Report on sanitation, dispensaries, and jails in Rajputana for 1921, and on vaccination for the year 1921-1922 - 1921-1922
Year: 1921
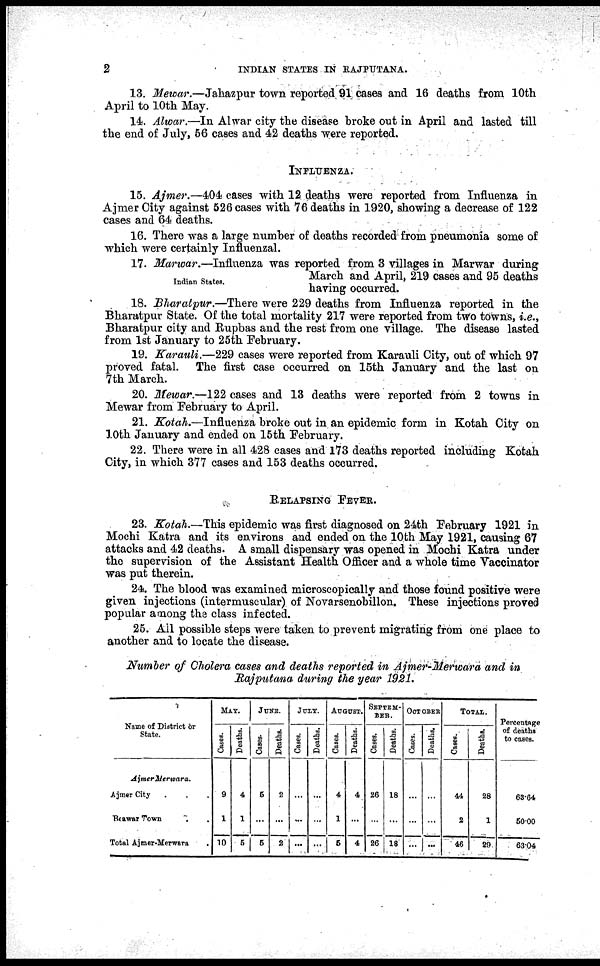
2
INDIAN STATES IN RAJPUTANA.
13. Mewar.—Jahazpur town reported 91 cases and 16 deaths from 10th
April to 10th May.
14. Alwar.—In Alwar city the disease broke out in April and lasted till
the end of July, 56 cases and 42 deaths were reported.
INFLUENZA.
15. Ajmer.—404 cases with 12 deaths were reported from Influenza in
Ajmer City against 526 cases with 76 deaths in 1920, showing a decrease of 122
cases and 64 deaths.
16. There was a large number of deaths recorded from pneumonia some of
which were certainly Influenzal.
Indian States.
17. Marwar.—Influenza was reported from 3 villages in Marwar during
March and April, 219 cases and 95 deaths
having occurred.
18. Bharatpur.—There were 229 deaths from Influenza reported in the
Bharatpur State. Of the total mortality 217 were reported from two towns, i.e.,
Bharatpur city and Rupbas and the rest from one village. The disease lasted
from 1st January to 25th February.
19. Karauli.—229 cases were reported from Karauli City, out of which 97
proved fatal. The first case occurred on 15th January and the last on
7th March.
20. Mewar.—122 cases and 13 deaths were reported from 2 towns in
Mewar from February to April.
21. Kotah.—Influenza broke out in an epidemic form in Kotah City on
10th January and ended on 15th February.
22. There were in all 428 cases and 173 deaths reported including Kotah
City, in which 377 cases and 153 deaths occurred.
RELAPSING FEVER.
23. Kotah.—This epidemic was first diagnosed on 24th February 1921 in
Mochi Katra and its environs and ended on the 10th May 1921, causing 67
attacks and 42 deaths. A small dispensary was opened in Mochi Katra under
the supervision of the Assistant Health Officer and a whole time Vaccinator
was put therein.
24. The blood was examined microscopically and those found positive were
given injections (intermuscular) of Novarsenobillon. These injections proved
popular among the class infected.
25. All possible steps were taken to prevent migrating from one place to
another and to locate the disease.
Number of Cholera cases and deaths reported in Ajmer-Merwara and in
Rajputana during the year 1921.
Name of District or
State.
Ajmer Merwara.
Ajmer City...
Beawar Town..
Total Ajmer-Merwara
.
MAY.
Cases.
9
1
10
Deaths.
4
1
5
JUNE.
Cases.
5
...
5
Deaths.
2
...
2
JULY.
Cases.
...
...
...
Deaths.
...
...
...
AUGUST.
Cases.
4
1
5
Deaths.
4
...
4
SEPTEM¬
BER.
Cases.
26
...
26
Deaths.
18
...
18
OCTOBER
Cases.
...
...
...
Deaths.
...
...
...
TOTAL.
Cases.
44
2
46
Deaths.
28
1
29
Percentage
of deaths
to cases.
63.64
50.00
63.04